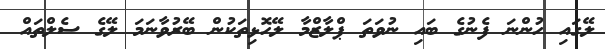
ލޭގައި ހުންނަ ފެނުގެ ބައި ނުވަތަ ޕްލާޒްމާ ލޭހޮޅިތަކުން ބޭރުވާނަމަ ލޭގެ ސެލްތައް